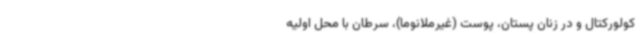
کولورکتال و در زنان پستان، پوست (غیرملانوما)، سرطان با محل اولیه